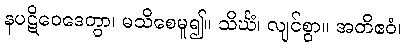
နပဋိဝေဒေတွာ၊ မသိစေမူ၍။ သိင်္ဃံ၊ လျင်စွာ။ အတိဧဝံ၊